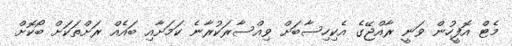
މެޓް އޮފީހުން ވަނީ ރާއްޖޭގެ އެކިހިސާބަށް ވިއްސާރަކުރާނެ ކަމަށާއި ބައެއް ރަށްތަކަށް ބޯކޮށް